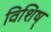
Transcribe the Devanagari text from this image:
विशिष्